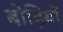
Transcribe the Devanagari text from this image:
बोड़ियों